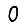
Digit: 0